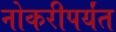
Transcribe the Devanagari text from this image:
नोकरीपर्यंत